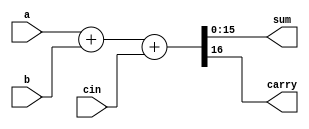
module sixteen_bit_adder (
    sum,
    carry,
    a,
    b,
    cin
);

  output reg [15:0] sum;
  output reg carry;
  input [15:0] a, b;
  input cin;

  always @(a or b or cin) begin
    {carry, sum} = a + b + cin;
  end

endmodule

module testbench;

  reg [15:0] a;
  reg [15:0] b;
  reg cin;

  wire [15:0] sum;
  wire carry;

  sixteen_bit_adder dut (
      .sum(sum),
      .carry(carry),
      .a(a),
      .b(b),
      .cin(cin)
  );

  initial begin
    a   = 4'b0000;
    b   = 4'b0000;
    cin = 1'b0;
  end

  always #1 b = b + 1'b1;
  always #2 a = a + 1'b1;

  initial $monitor("sum = %d, carry = %d, a = %d, b = %d", sum, carry, a, b);
  initial #10 $finish;

endmodule

/*OUTPUT
sum =     0, carry = 0, a =     0, b =     0
sum =     1, carry = 0, a =     0, b =     1
sum =     3, carry = 0, a =     1, b =     2
sum =     4, carry = 0, a =     1, b =     3
sum =     6, carry = 0, a =     2, b =     4
sum =     7, carry = 0, a =     2, b =     5
sum =     9, carry = 0, a =     3, b =     6
sum =    10, carry = 0, a =     3, b =     7
sum =    12, carry = 0, a =     4, b =     8
sum =    13, carry = 0, a =     4, b =     9
16_bit_adder.v:47: $finish called at 10 (1s)
sum =    15, carry = 0, a =     5, b =    10
*/